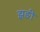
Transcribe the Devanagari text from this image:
झङी